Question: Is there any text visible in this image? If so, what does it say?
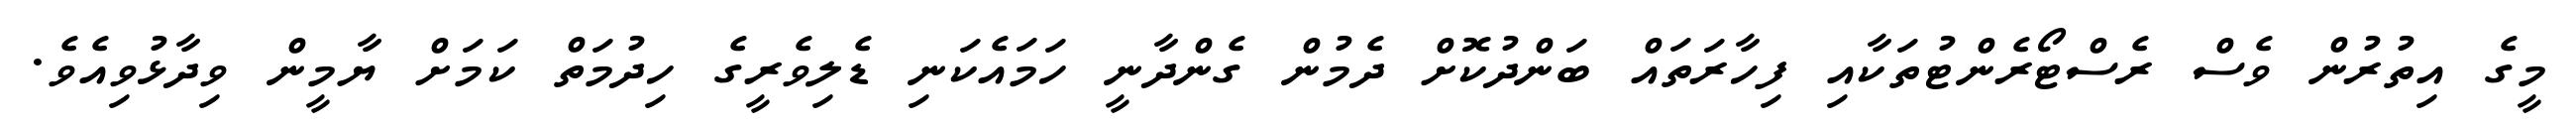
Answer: މީގެ އިތުރުން ވެސް ރެސްޓޯރެންޓުތަކާއި ފިހާރަތައް ބަންދުކޮށް ދެމުން ގެންދާނީ ހަމައެކަނި ޑެލިވެރީގެ ހިދުމަތް ކަމަށް ޔާމީން ވިދާޅުވިއެވެ.